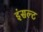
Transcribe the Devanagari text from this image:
इंसल्ट